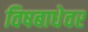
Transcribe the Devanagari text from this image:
विषबाधेवर